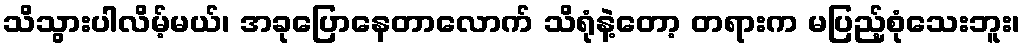
သိသွားပါလိမ့်မယ်၊ အခုပြောနေတာလောက် သိရုံနဲ့တော့ တရားက မပြည့်စုံသေးဘူး၊